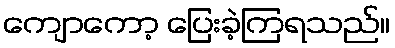
ကျောကော့ ပြေးခဲ့ကြရသည်။